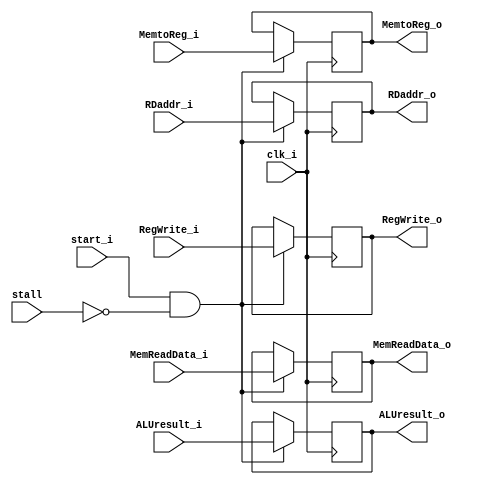
module MEMWB (
    clk_i,
    start_i,
    stall,
    // in
    RegWrite_i,
    MemtoReg_i,
    ALUresult_i,
    MemReadData_i,
    RDaddr_i,
    // out
    RegWrite_o,
    MemtoReg_o,
    ALUresult_o,
    MemReadData_o,
    RDaddr_o
);

input clk_i, start_i, stall;
input RegWrite_i, MemtoReg_i;
input [31:0] ALUresult_i, MemReadData_i;
input [4:0] RDaddr_i;

output RegWrite_o, MemtoReg_o;
output [31:0] ALUresult_o, MemReadData_o;
output [4:0] RDaddr_o;

reg RegWrite_o, MemtoReg_o;
reg signed [31:0] ALUresult_o, MemReadData_o;
reg [4:0] RDaddr_o;

always @(posedge clk_i) begin
    if (start_i && !stall) begin
        RegWrite_o <= RegWrite_i;
        MemtoReg_o <= MemtoReg_i;
        ALUresult_o <= ALUresult_i;
        MemReadData_o <= MemReadData_i;
        RDaddr_o <= RDaddr_i;
    end
    else begin
        RegWrite_o <= RegWrite_o;
        MemtoReg_o <= MemtoReg_o;
        ALUresult_o <= ALUresult_o;
        MemReadData_o <= MemReadData_o;
        RDaddr_o <= RDaddr_o;
    end
end
endmodule